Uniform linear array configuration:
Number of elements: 48
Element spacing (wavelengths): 0.5
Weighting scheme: uniform
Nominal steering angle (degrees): -30
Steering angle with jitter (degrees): -30.162
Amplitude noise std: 0.05
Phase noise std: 0.05

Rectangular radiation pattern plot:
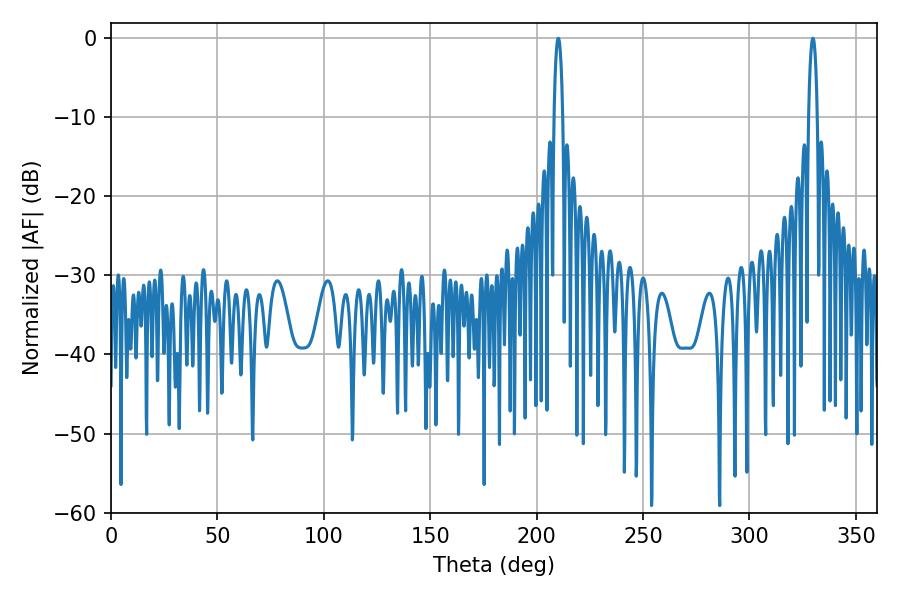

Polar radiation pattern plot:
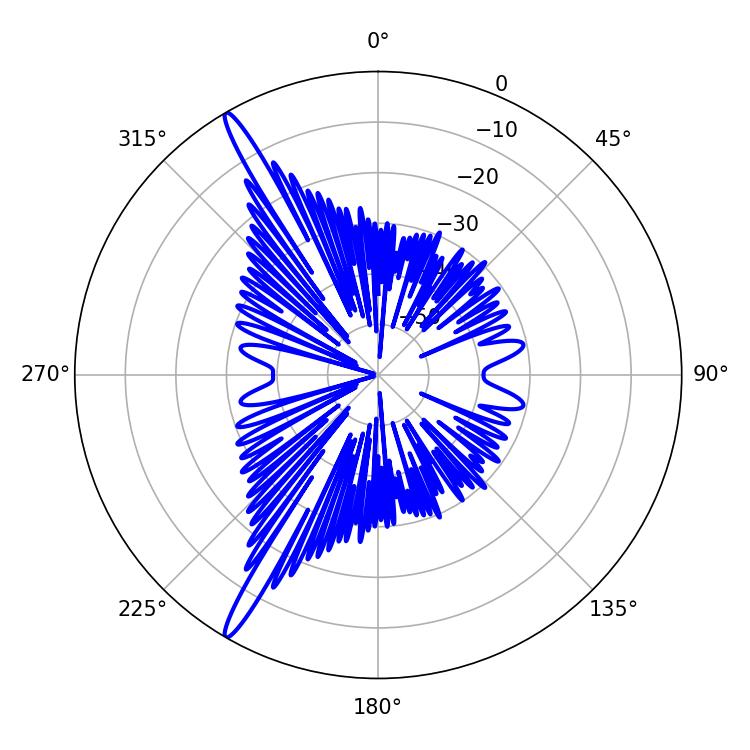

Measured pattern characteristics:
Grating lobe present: FALSE
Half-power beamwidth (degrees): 2.34
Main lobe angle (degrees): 210.24